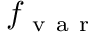
f _ { \mathrm { ~ v ~ a ~ r ~ } }